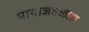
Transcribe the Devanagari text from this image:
पायाजवळील